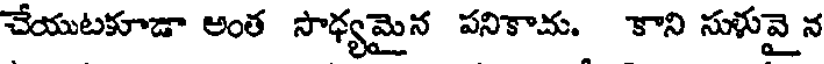
చేయుటకూడా అంత సాధ్యమైన పనికామ. కాని సుళువై న